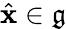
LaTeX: \hat{\mathbf{x}}\in\mathfrak{g}